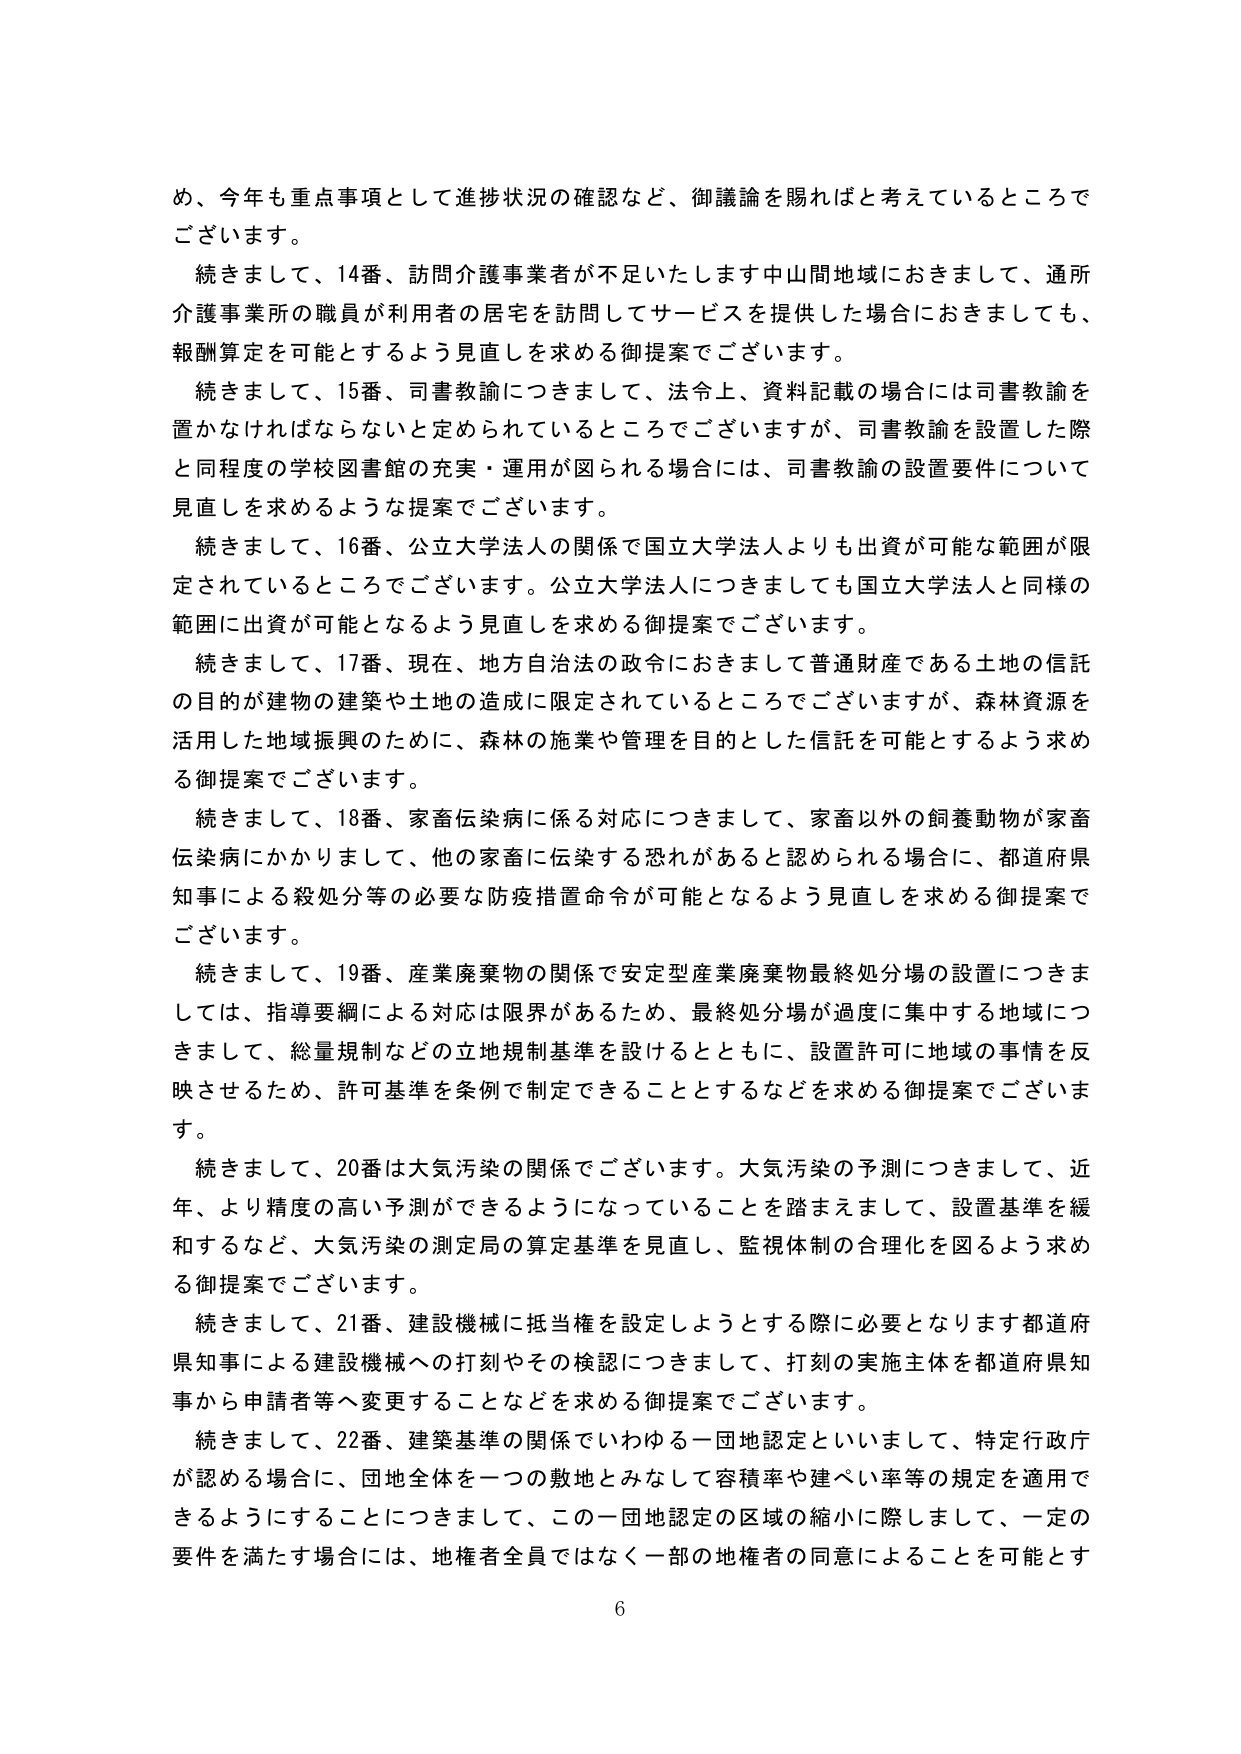
め、今年も重点事項として進捗状況の確認など、御議論を賜ればと考えているところでございます。

続きまして、14番、訪問介護事業者が不足いたします中山間地域におきまして、通所介護事業所の職員が利用者の居宅を訪問してサービスを提供した場合におきましても、報酬算定を可能とするよう見直しを求める御提案でございます。

続きまして、15番、司書教諭につきまして、法令上、資料記載の場合には司書教諭を置かなければならないと定められているところでございますが、司書教諭を設置した際と同程度の学校図書館の充実・運用が図られる場合には、司書教諭の設置要件について見直しを求めるような提案でございます。

続きまして、16番、公立大学法人の関係で国立大学法人よりも出資が可能な範囲が限定されているところでございます。公立大学法人につきましても国立大学法人と同様の範囲に出資が可能となるよう見直しを求める御提案でございます。

続きまして、17番、現在、地方自治法の政令におきまして普通財産である土地の信託の目的が建物の建築や土地の造成に限定されているところでございますが、森林資源を活用した地域振興のために、森林の施業や管理を目的とした信託を可能とするよう求める御提案でございます。

続きまして、18番、家畜伝染病に係る対応につきまして、家畜以外の飼養動物が家畜伝染病にかかりまして、他の家畜に伝染する恐れがあると認められる場合に、都道府県知事による殺処分等の必要な防疫措置命令が可能となるよう見直しを求める御提案でございます。

続きまして、19番、産業廃棄物の関係で安定型産業廃棄物最終処分場の設置につきましては、指導要綱による対応は限界があるため、最終処分場が過度に集中する地域につきまして、総量規制などの立地規制基準を設けるとともに、設置許可に地域の事情を反映させるため、許可基準を条例で制定できることとするなどを求める御提案でございます。

続きまして、20番は大気汚染の関係でございます。大気汚染の予測につきまして、近年、より精度の高い予測ができるようになっていることを踏まえまして、設置基準を緩和するなど、大気汚染の測定局の算定基準を見直し、監視体制の合理化を図るよう求める御提案でございます。

続きまして、21番、建設機械に抵当権を設定しようとする際に必要となります都道府県知事による建設機械への打刻やその検認につきまして、打刻の実施主体を都道府県知事から申請者等へ変更することなどを求める御提案でございます。

続きまして、22番、建築基準の関係でいわゆる一団地認定といいまして、特定行政庁が認める場合に、団地全体を一つの敷地とみなして容積率や建ぺい率等の規定を適用できるようにすることにつきまして、この一団地認定の区域の縮小に際しまして、一定の要件を満たす場合には、地権者全員ではなく一部の地権者の同意によることを可能とす

6